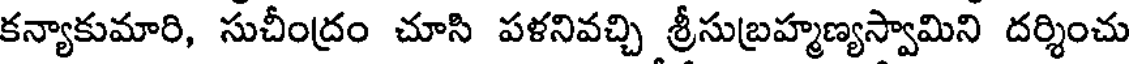
కన్యాకుమారి, సుచీంద్రం చూసి పళనివచ్చి శ్రీసుబ్రహ్మణ్యస్వామిని దర్శించు